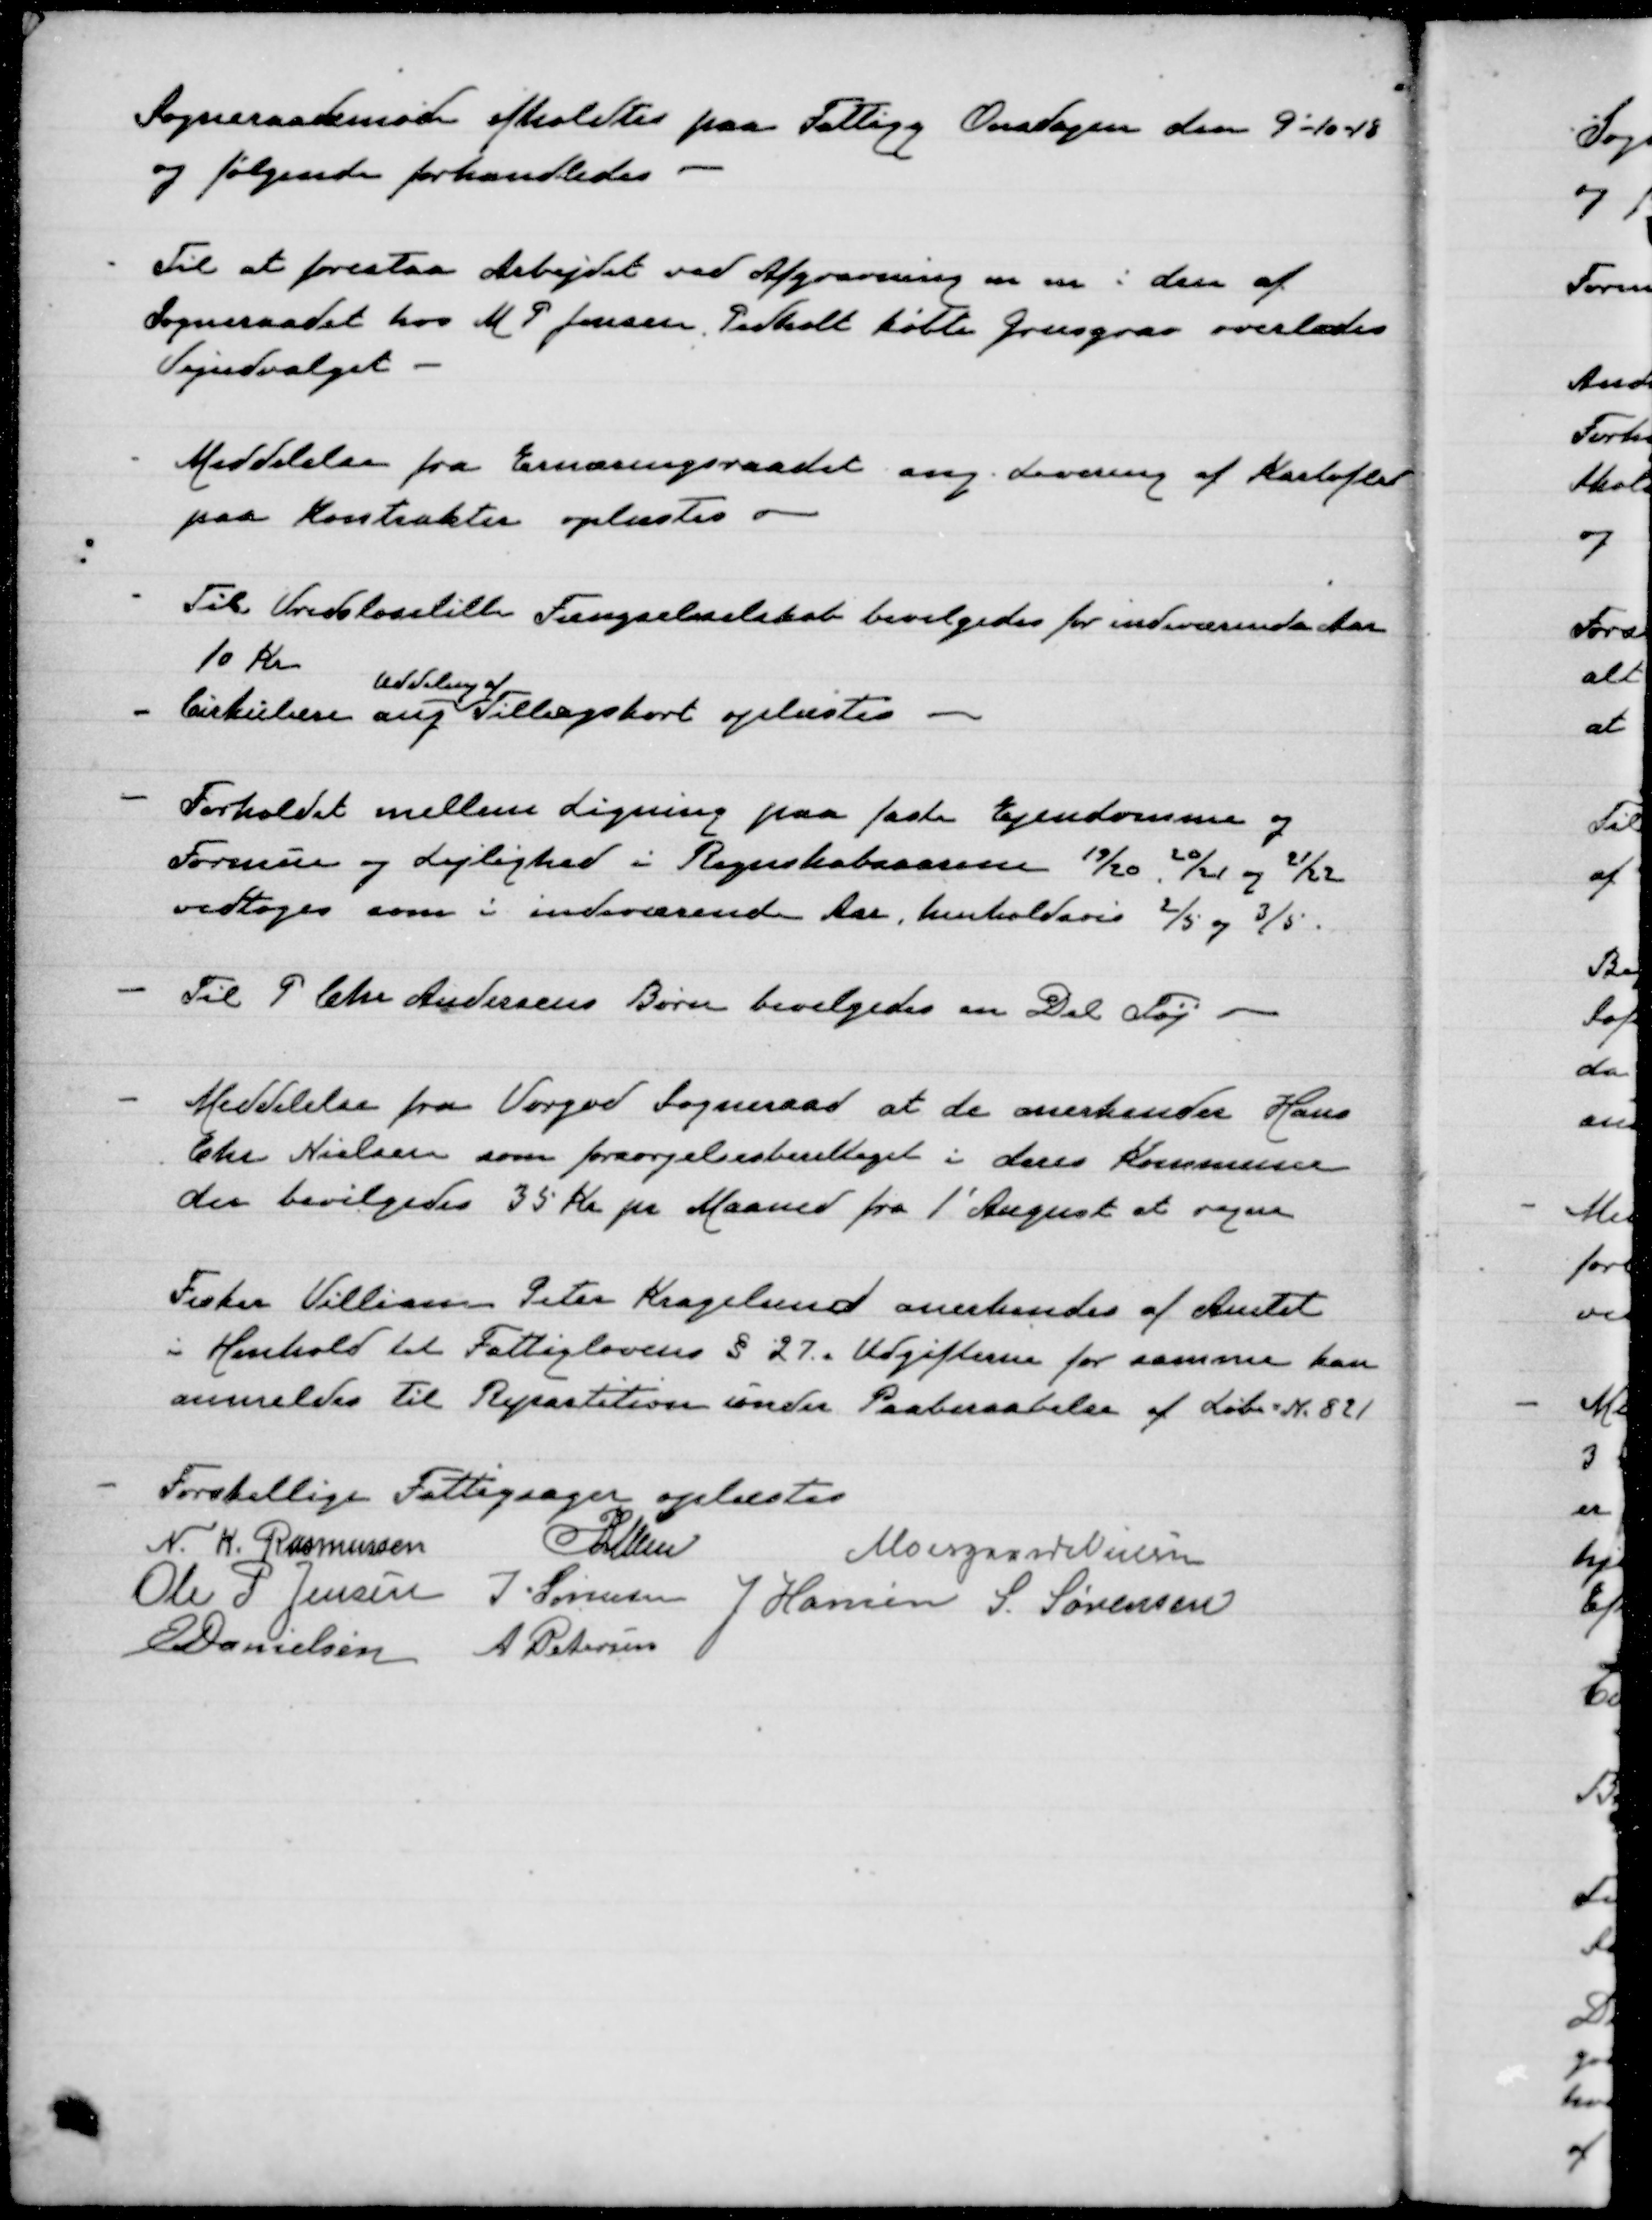
Transskription:
Sogneraadsmøde afholdtes paa Fattigg. Onsdagen den 9-10-18
og følgende forhandledes

Til at forestaa Arbejdet ved Afgravning m m i den af
Sogneraadet hos M P Jensen, Pedholt købte grusgrav overlodes
Vejudvalget

Meddelelse fra Ernæringsraadet ang. levering af Kartofler
paa kontrakter oplæstes

Til Vridesløselille Fængselselskab bevilgedes for indeværende Aar
10 Kr
Cirkulære ang
uddeling af
Tillægskort oplæstes

Forholdet mellem ligning paa faste Ejendomme og
Formue og Lejlighed - Regnskabsæsoner 19/20, 20/21 og 21/22
vedtoges som i indeværende Aar, henholdsvis 2/5 og 3/5.
Til P Chr Andersens Børn bevilgedes en Del Tøj

Meddelelse fra Vorgod Sogneraad at de anerkender Hans
Chr Nielsen som forsørgelsesberettiget i deres Kommune
der bevilgedes 35 Kr pr Maaned fra 1' August at regne

Fisker Villiam Peter Kragelund anerkendes af Amtet
i Henhold til Fattiglovens § 27. Udgifterne for samme kan
anmeldes til Repartition under Paaberaabelse af Løbe № 821

Forskellige Fattigsager oplæstes
N. K. Rasmussen
P Lunn
Moesgaard Nielsen
Ole P Jensen
J. Sørensen
J Hansen
S. Sørensen
E Danielsen
A Petersen